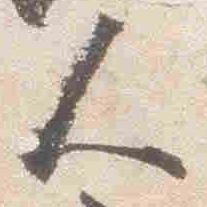
人